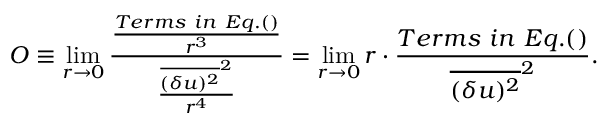
{ \cal { O } } \equiv \operatorname* { l i m } _ { r \rightarrow 0 } \frac { \frac { T e r m s \ i n \ E q . ( ) } { r ^ { 3 } } } { \frac { \overline { { ( \delta u ) ^ { 2 } } } ^ { 2 } } { r ^ { 4 } } } = \operatorname* { l i m } _ { r \rightarrow 0 } r \cdot \frac { T e r m s \ i n \ E q . ( ) } { \overline { { ( \delta u ) ^ { 2 } } } ^ { 2 } } .